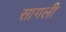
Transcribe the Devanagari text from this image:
सागली